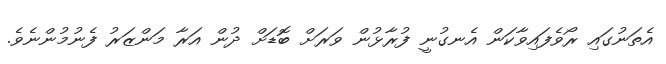
އެތަނުގައި ރޯވެފައިވާކަން އެނގުނީ ފުރާޅުން ވަރަށް ބޮޑަށް ދުން އަރާ މަންޒަރު ފެނުމުންނެވެ.